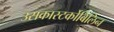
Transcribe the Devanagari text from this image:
उसकास्‍टर्कोबिलिन